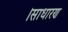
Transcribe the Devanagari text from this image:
।साधारण